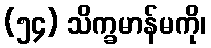
(၅၄) သိက္ခမာန်မကို၊